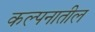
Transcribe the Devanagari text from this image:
कल्पनातील